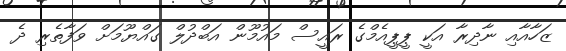
ޒަހާއާއި ނާދިރާ އަކީ ޕީޕީއެމްގެ ރައީސް މައުމޫން އަބްދުލް ގައްޔޫމަށް ވަފާތެރި ދެ